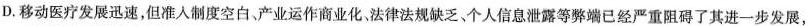
D.移动医疗发展迅速，但准人制度空白。产业运作商业化，法律法规缺乏、个人信息泄露等弊端已经严重阻碍了其进一步发展，